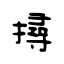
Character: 撏